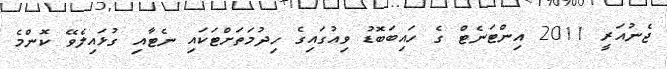
ޖެނުއަރީ 2011 އިންޓަނެޓް ގެ ހައިބަބޮޑު ވިއުގައިގެ ހިދުމަތަށްޓަކައި ނެޓާއި ގުޅައިލެވޭ ކޮންމެ